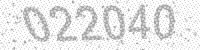
Solution: 022040